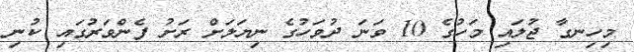
މިހިނގާ ޖުލައި މަހުގެ 10 ވަނަ ދުވަހުގެ ނިޔަލަށް ރަށު ފެންވަރުގައި ކުނި